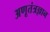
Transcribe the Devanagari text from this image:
अणूतंत्रज्ञान